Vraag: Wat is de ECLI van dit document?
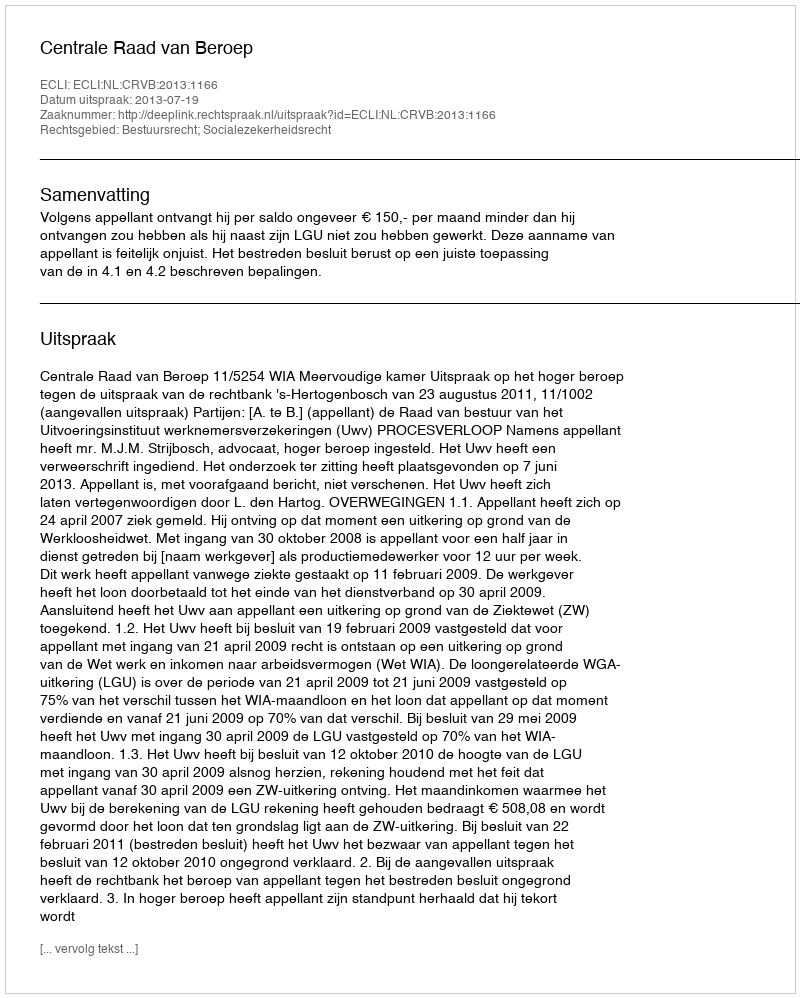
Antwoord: ECLI:NL:CRVB:2013:1166